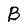
Character: B